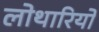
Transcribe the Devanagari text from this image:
लोथारियो